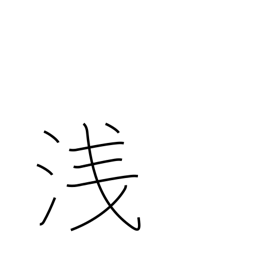
Meaning: shameful